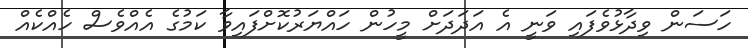
ހަސަން ވިދާޅުވެފައި ވަނީ އެ އަދަދަށް މީހުން ހައްޔަރުކޮށްފައިވާ ކަމުގެ އެއްވެސް ހެއްކެއް